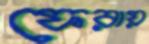
ফেরায়